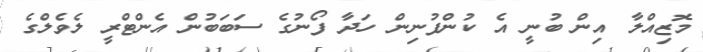
މޮޒިއްލާ އިން ބުނީ އެ ކުންފުނިން ހަދާ ފޯނުގެ ސަބަބުން އެންޓްރީ ލެވެލްގެ